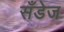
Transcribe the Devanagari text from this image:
सँडेज